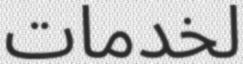
لخدمات